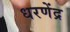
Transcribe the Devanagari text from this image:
धरणेंद्र